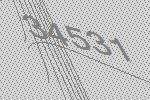
34531